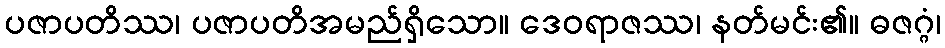
ပဇာပတိဿ၊ ပဇာပတိအမည်ရှိသော။ ဒေဝရာဇဿ၊ နတ်မင်း၏။ ဓဇဂ္ဂံ၊